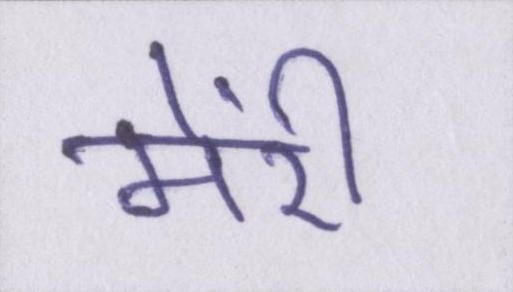
मेंरी